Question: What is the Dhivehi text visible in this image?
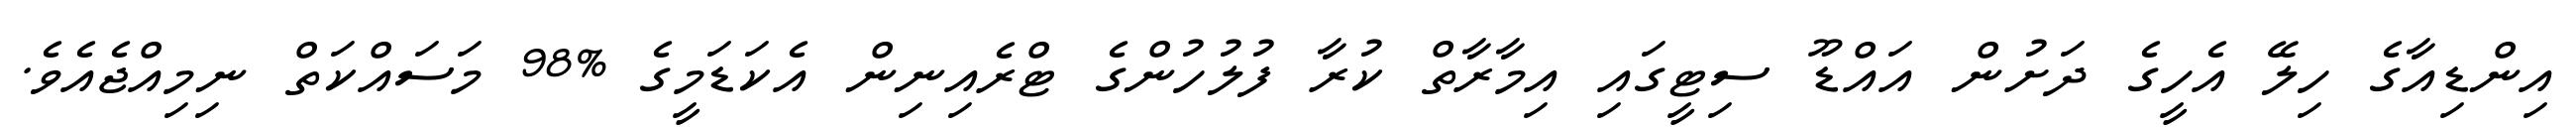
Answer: އިންޑިއާގެ ހިލޭ އެހީގެ ދަށުން އައްޑޫ ސިޓީގައި އިމާރާތް ކުރާ ފުލުހުންގެ ޓްރެއިނިން އެކަޑަމީގެ %98 މަސައްކަތް ނިމިއްޖެއެވެ.